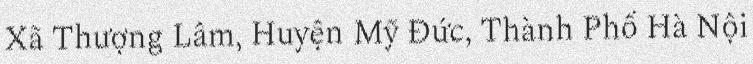
Xã Thượng Lâm, Huyện Mỹ Đức, Thành Phố Hà Nội